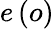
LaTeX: e\left(o\right)